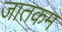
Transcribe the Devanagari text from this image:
जातकम